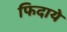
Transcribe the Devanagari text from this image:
फिदाये